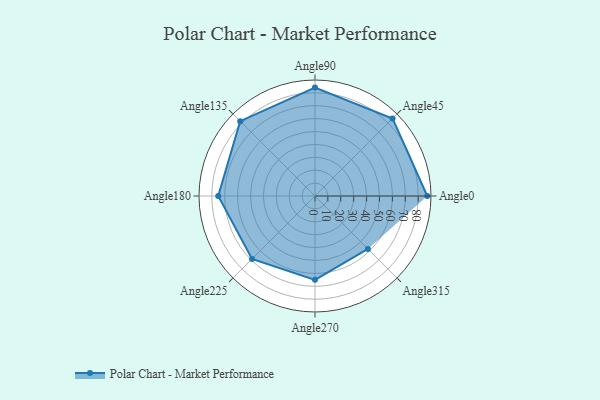
{"axis": {"x": "Angle", "y": "Radius"}, "legend": [""], "data": [{"x": "Angle0", "y": 87.0, "type": ""}, {"x": "Angle45", "y": 85.0, "type": ""}, {"x": "Angle90", "y": 84.0, "type": ""}, {"x": "Angle135", "y": 82.0, "type": ""}, {"x": "Angle180", "y": 75.0, "type": ""}, {"x": "Angle225", "y": 69.0, "type": ""}, {"x": "Angle270", "y": 65.0, "type": ""}, {"x": "Angle315", "y": 58.0, "type": ""}]}